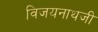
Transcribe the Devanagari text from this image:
विजयनाथजी